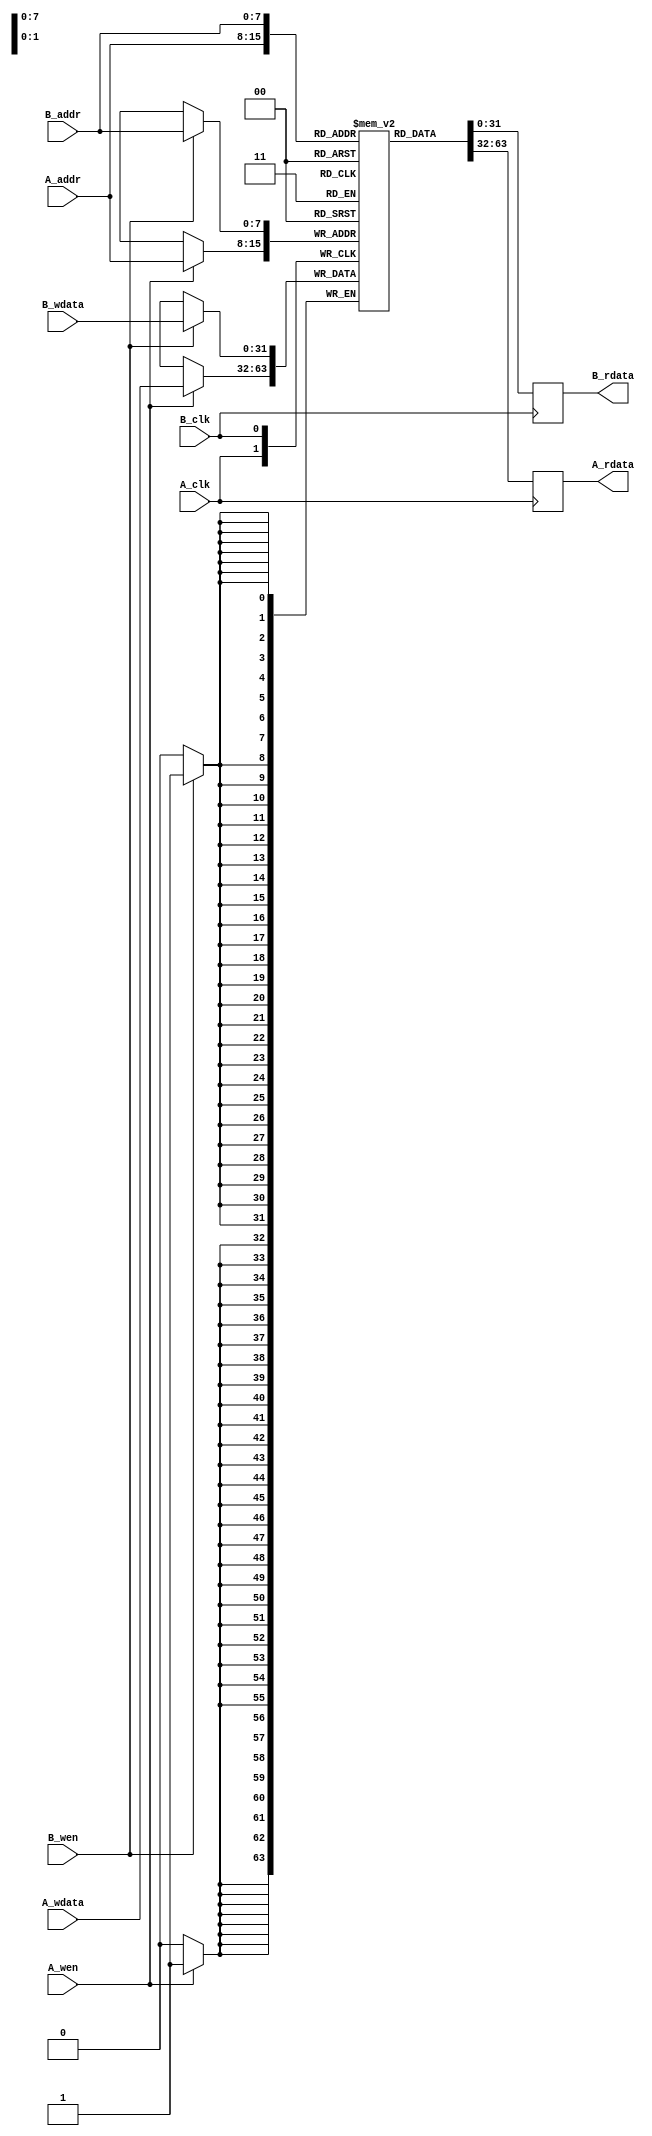
module dual_port_scratchpad_memory #(
    parameter DATA_WIDTH = 32,  // Width of each memory entry
    parameter ADDR_WIDTH = 8    // Number of address bits (2^ADDR_WIDTH entries)
)(
    // Port A
    input  wire [ADDR_WIDTH-1:0] A_addr,    // Address for Port A
    input  wire [DATA_WIDTH-1:0] A_wdata,   // Write data for Port A
    input  wire A_wen,                       // Write enable for Port A
    input  wire A_clk,                       // Clock for Port A
    output reg  [DATA_WIDTH-1:0] A_rdata,   // Read data for Port A

    // Port B
    input  wire [ADDR_WIDTH-1:0] B_addr,    // Address for Port B
    input  wire [DATA_WIDTH-1:0] B_wdata,   // Write data for Port B
    input  wire B_wen,                       // Write enable for Port B
    input  wire B_clk,                       // Clock for Port B
    output reg  [DATA_WIDTH-1:0] B_rdata    // Read data for Port B
);

    // Memory array declaration
    reg [DATA_WIDTH-1:0] memory [(2**ADDR_WIDTH)-1:0];

    // Port A read and write operations
    always @(posedge A_clk) begin
        if (A_wen) begin
            memory[A_addr] <= A_wdata; // Write operation
        end
        A_rdata <= memory[A_addr]; // Read operation
    end

    // Port B read and write operations
    always @(posedge B_clk) begin
        if (B_wen) begin
            memory[B_addr] <= B_wdata; // Write operation
        end
        B_rdata <= memory[B_addr]; // Read operation
    end

    // Optional: Memory initialization (uncomment if needed)
    // initial begin
    //     // Initialize memory with specific values if required
    //     // memory[0] = 32'h00000000;
    //     // ...
    // end

endmodule